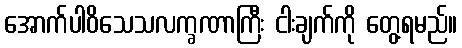
အောက်ပါဝိသေသလက္ခဏာကြီး ငါးချက်ကို တွေ့ရမည်။